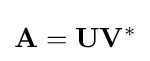
\mathbf {A} =\mathbf {U} \mathbf {V} ^{*}